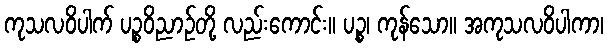
ကုသလဝိပါက် ပဉ္စဝိညာဉ်တို့ လည်းကောင်း။ ပဉ္စ၊ ကုန်သော။ အကုသလဝိပါကာ၊